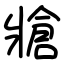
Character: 牄